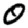
Digit: 0